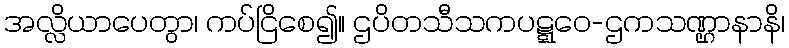
အလ္လိယာပေတွာ၊ ကပ်ငြိစေ၍။ ဌပိတသီသကပဋ္ဋဝေ-ဌကသဏ္ဌာနာနိ၊